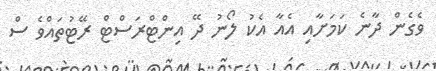
ވެގެން ދާނެ ކަމަަށާއި އެއާ އެކު ލޯނު ދޭ އިންޓްރަސްޓް ރޭޓުތައްވެ ސް